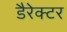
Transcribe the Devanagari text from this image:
डैरेक्टर